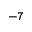
- 7